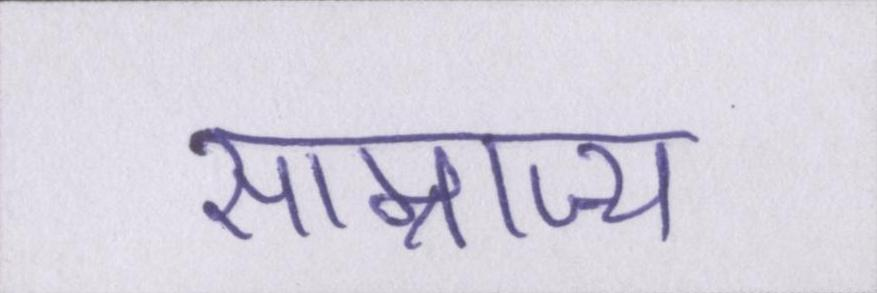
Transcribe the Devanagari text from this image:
साम्राज्य